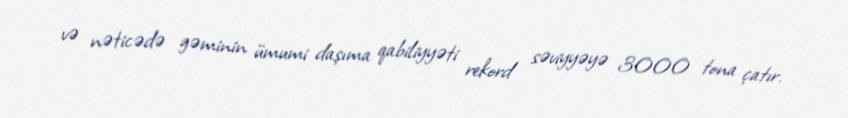
və nəticədə gəminin ümumi daşıma qabiliyyəti rekord səviyyəyə 3000 tona çatır.